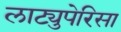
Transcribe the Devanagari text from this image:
लाट्युपेरिसा